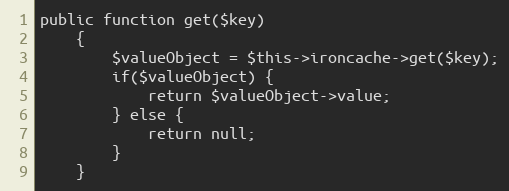
Language: PHP
public function get($key)
    {
        $valueObject = $this->ironcache->get($key);
        if($valueObject) {
            return $valueObject->value;
        } else {
            return null;
        }
    }